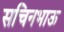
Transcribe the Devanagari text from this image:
सचिनभाऊ